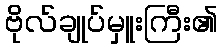
ဗိုလ်ချုပ်မှူးကြီး၏